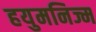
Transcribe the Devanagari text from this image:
हयुमनिज्म